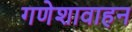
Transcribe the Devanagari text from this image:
गणेशावाहन